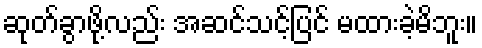
ဆုတ်ခွာဖို့လည်း အဆင်သင့်ပြင် မထားခဲ့မိဘူး။